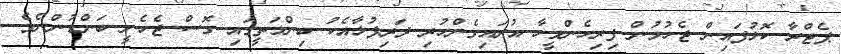
ޕެޓްރާ ކޮޅުފައިން ޖެހުމުން ފިރިހެންމީހާ އުރައިގެންހުރި ދަރިފުޅާއެކު ބިންމަތީގައި ގޮސް ޖެހެނީ ބަންޑުންނެވެ.